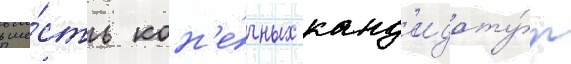
в ше́сть кон'е́чных канд'идату́р